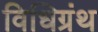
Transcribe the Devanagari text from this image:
विधिग्रंथ